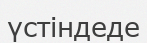
үстіндеде